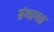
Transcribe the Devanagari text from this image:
ग्रंथागत